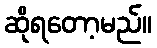
ဆိုရတော့မည်။